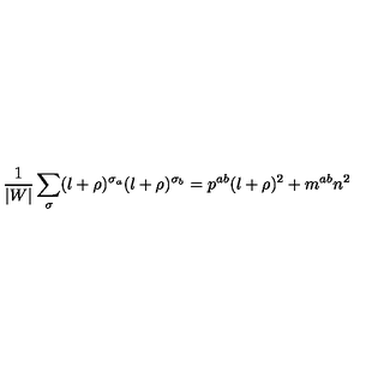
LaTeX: \frac { 1 } { | W | } \sum _ { \sigma } ( l + \rho ) ^ { \sigma _ { a } } ( l + \rho ) ^ { \sigma _ { b } } = p ^ { a b } ( l + \rho ) ^ { 2 } + m ^ { a b } n ^ { 2 }